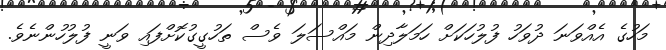
މަހުގެ އެއްވަނަ ދުވަހު ފުލުހަކަށް ހަމަލާދިން މައްސަލަ ވެސް ތަހުގީގުކޮށްފައި ވަނީ ފުލުހުންނެވެ.